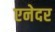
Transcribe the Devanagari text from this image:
एनेदर